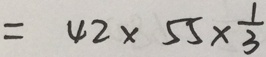
= 4 2 \times 5 5 \times \frac { 1 } { 3 }